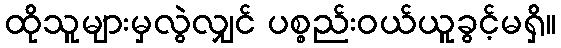
ထိုသူများမှလွဲလျှင် ပစ္စည်းဝယ်ယူခွင့်မရှိ။